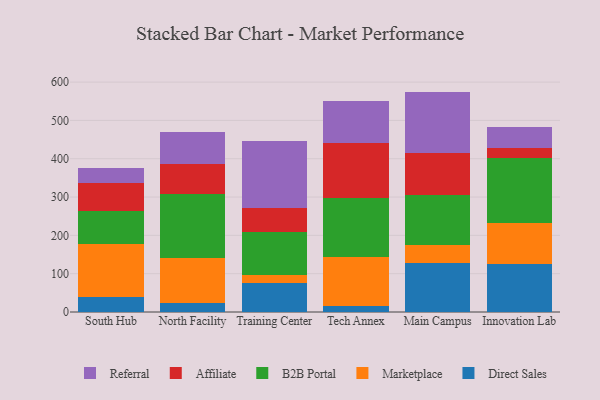
{"axis": {"x": "Campus", "y": "Budget (USD K)"}, "legend": ["Affiliate", "B2B Portal", "Direct Sales", "Marketplace", "Referral"], "data": [{"x": "South Hub", "y": 40.3, "type": "Direct Sales"}, {"x": "South Hub", "y": 136.7, "type": "Marketplace"}, {"x": "South Hub", "y": 86.9, "type": "B2B Portal"}, {"x": "South Hub", "y": 71.9, "type": "Affiliate"}, {"x": "South Hub", "y": 40.5, "type": "Referral"}, {"x": "North Facility", "y": 24.5, "type": "Direct Sales"}, {"x": "North Facility", "y": 116.9, "type": "Marketplace"}, {"x": "North Facility", "y": 166.5, "type": "B2B Portal"}, {"x": "North Facility", "y": 77.3, "type": "Affiliate"}, {"x": "North Facility", "y": 84.1, "type": "Referral"}, {"x": "Training Center", "y": 76.6, "type": "Direct Sales"}, {"x": "Training Center", "y": 20.6, "type": "Marketplace"}, {"x": "Training Center", "y": 111.3, "type": "B2B Portal"}, {"x": "Training Center", "y": 64.1, "type": "Affiliate"}, {"x": "Training Center", "y": 173.5, "type": "Referral"}, {"x": "Tech Annex", "y": 16.8, "type": "Direct Sales"}, {"x": "Tech Annex", "y": 126.9, "type": "Marketplace"}, {"x": "Tech Annex", "y": 152.9, "type": "B2B Portal"}, {"x": "Tech Annex", "y": 144.0, "type": "Affiliate"}, {"x": "Tech Annex", "y": 109.9, "type": "Referral"}, {"x": "Main Campus", "y": 128.7, "type": "Direct Sales"}, {"x": "Main Campus", "y": 45.1, "type": "Marketplace"}, {"x": "Main Campus", "y": 131.6, "type": "B2B Portal"}, {"x": "Main Campus", "y": 110.7, "type": "Affiliate"}, {"x": "Main Campus", "y": 159.1, "type": "Referral"}, {"x": "Innovation Lab", "y": 126.0, "type": "Direct Sales"}, {"x": "Innovation Lab", "y": 105.8, "type": "Marketplace"}, {"x": "Innovation Lab", "y": 170.4, "type": "B2B Portal"}, {"x": "Innovation Lab", "y": 24.7, "type": "Affiliate"}, {"x": "Innovation Lab", "y": 56.7, "type": "Referral"}]}